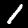
Digit: 1